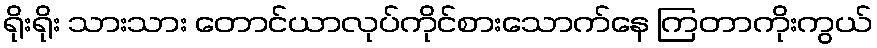
ရိုးရိုး သားသား တောင်ယာလုပ်ကိုင်စားသောက်နေ ကြတာကိုးကွယ်